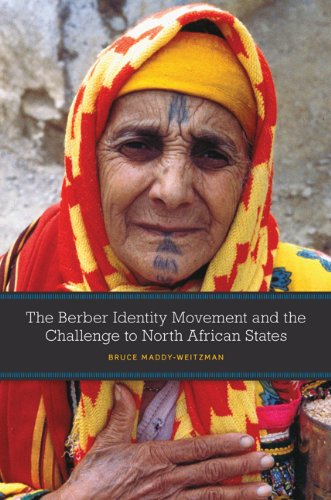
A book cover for The Berber Identity Movement and the Challenge to North African States; Bruce Maddy-Weitzman; History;